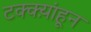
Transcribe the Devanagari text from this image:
टक्क्य़ांहून